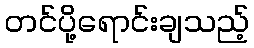
တင်ပို့ရောင်းချသည့်